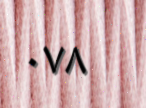
٠٧٨